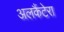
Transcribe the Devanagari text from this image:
अलकैंटेरा